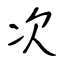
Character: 次